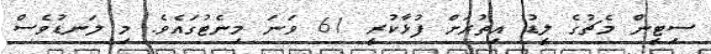
ސިޓީން މެޗުގެ ލީޑު އިތުރަށް ފުޅާކުރީ 61 ވަނަ މިނެޓުގައެވެ. މި ލަނޑުވެސް